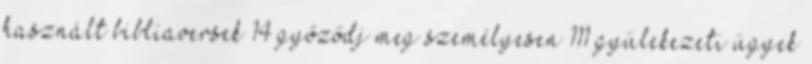
használt bibliaversek 14 győződj meg személyesen 111 gyülekezeti ügyek